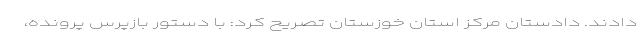
دادند. دادستان مرکز استان خوزستان تصریح کرد: با دستور بازپرس پرونده،